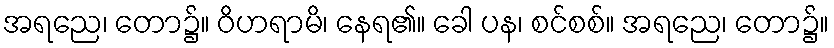
အရညေ၊ တော၌။ ဝိဟရာမိ၊ နေရ၏။ ခေါ ပန၊ စင်စစ်။ အရညေ၊ တော၌။